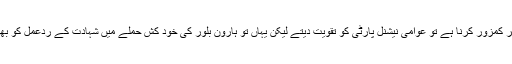
منظور پشین کو اگر کمزور کرنا ہے تو عوامی نیشنل پارٹی کو تقویت دیتے لیکن یہاں تو ہارون بلور کی خود کش حملے میں شہادت کے ردعمل کو بھی نہیں سمجھا گیا۔